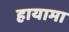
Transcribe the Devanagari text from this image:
हायामा